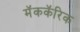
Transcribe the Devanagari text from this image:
मॅककॅरिक